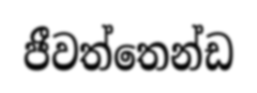
ජීවත්තෙන්ඩ